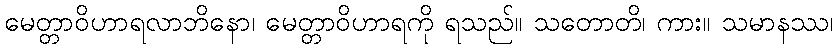
မေတ္တာဝိဟာရလာဘိနော၊ မေတ္တာဝိဟာရကို ရသည်။ သတောတိ၊ ကား။ သမာနဿ၊